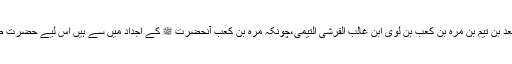
[1][2] پورا سلسلہ نسب یہ ہے،طلحہ بن عبیداللہ بن عثمان بن عمروبن کعب بن سعد بن تیم بن مرہ بن کعب بن لوی ابن غالب القرشی التیمی،چونکہ مرہ بن کعب آنحضرت ﷺ کے اجداد میں سے ہیں اس لیے حضرت طلحہ ؓ کا نسب چھٹی ساتویں پشت میں حضرت سرورکائنات ﷺ سے مل جاتا ہے۔